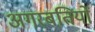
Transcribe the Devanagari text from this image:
अगरबतियों